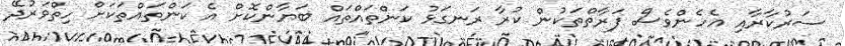
ސަރުކާރާއި އެހެންވެސް ފަރާތްތަކުން ކުރާ ރަނގަޅު ކަންތައްތައް ބަޔާންކޮށް އެ ކަންތައްތަކަށް ހިތްވަރުދޭ